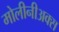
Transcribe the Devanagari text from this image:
मोलीनीअक्स